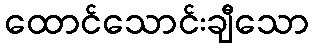
ထောင်သောင်းချီသော